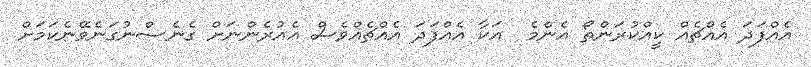
އެއްފަދަ އެއްޗެއް ކީއްކުރަންތޯ އެންމެ  އަކާ އެއްފަދަ އެއްޗެއްވެސް އެއުރެންނަށް ގެނެސްނުގަނެވޭނެކަމަށް